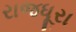
રાજધૂરા